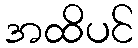
အထိပင်